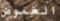
الغموض